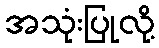
အသုံးပြုလို့